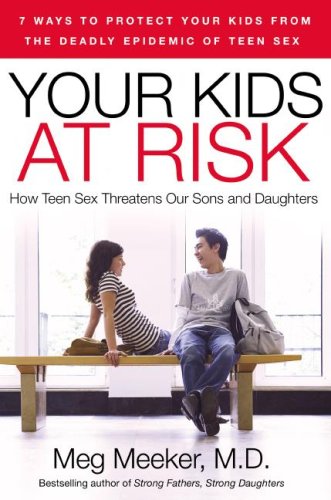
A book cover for Your Kids at Risk: How Teen Sex Threatens Our Sons and Daughters; Meg Meeker; Health, Fitness & Dieting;